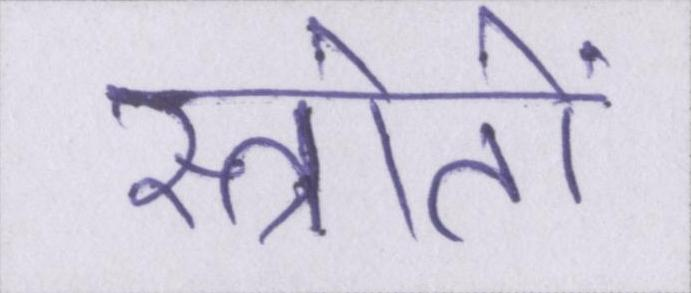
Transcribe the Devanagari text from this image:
स्त्रोतों